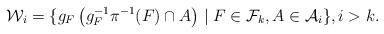
LaTeX: \begin{align*}\mathcal{W}_{i} = \{ g_F \left(g_F^{-1} \pi^{-1} (F) \cap {A} \right) \mid F \in \mathcal{F}_k, A \in \mathcal{A}_i \}, i > k.\end{align*}